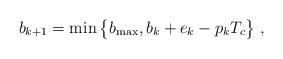
LaTeX: \begin{align*}b_{k+1} = \min\big\{b_{\max}, b_k + e_k - p_kT_c\big\} \ ,\end{align*}